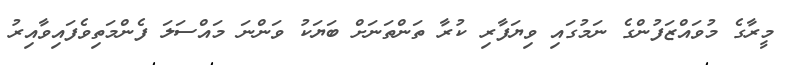
މީރާގެ މުވައްޒަފުންގެ ނަމުގައި ވިޔަފާރި ކުރާ ތަންތަނަށް ބަޔަކު ވަންނަ މައްސަލަ ފެންމަތިވެފައިވާއިރު